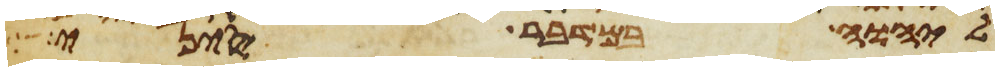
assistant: ליהוה במדבר סיני